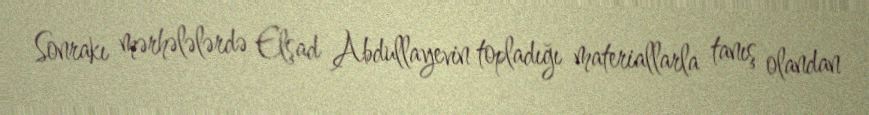
Sonrakı mərhələlərdə Elşad Abdullayevin topladığı materiallarla tanış olandan